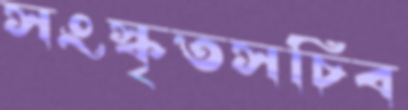
সংস্কৃতসচিব